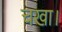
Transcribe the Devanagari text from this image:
चखा।